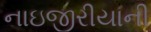
નાઇજીરીયાની